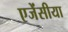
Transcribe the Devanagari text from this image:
एजेंसीया